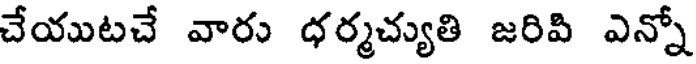
చేయుటచే వారు ధర్మచ్యుతి జరివి ఎన్నో